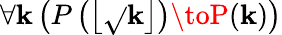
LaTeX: \forall\mathbf{k}\left(P\left(\left\lfloor{\sqrt{}{{\mathbf{k}}}}\right\rfloor\right)\toP(\mathbf{k})\right)